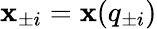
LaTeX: {\mathbf x}_{\pm i}={\mathbf x}({q}_{\pm i})